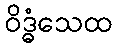
ဝိဒ္ဓံသေထ